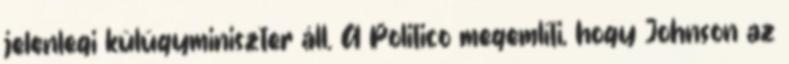
jelenlegi külügyminiszter áll. A Politico megemlíti, hogy Johnson az